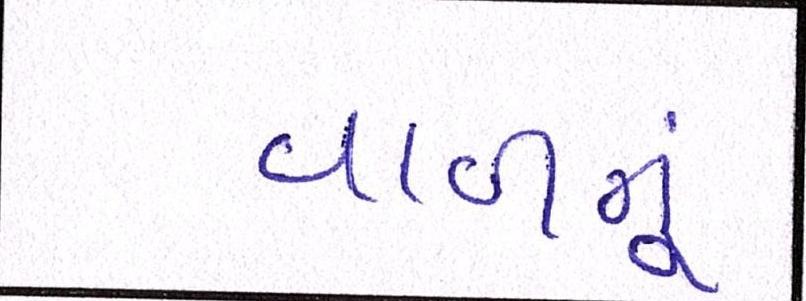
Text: વાળનું